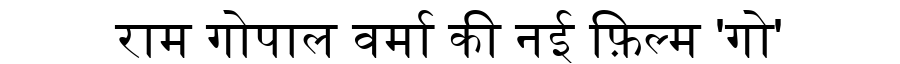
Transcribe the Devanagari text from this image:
राम गोपाल वर्मा की नई फ़िल्म 'गो'